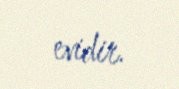
evidir.